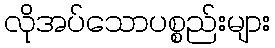
လိုအပ်သောပစ္စည်းများ